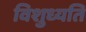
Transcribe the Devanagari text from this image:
विशुध्यति